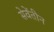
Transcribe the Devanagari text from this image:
सेवेंतीन